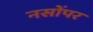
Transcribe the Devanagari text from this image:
नसोंपर